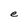
Character: e